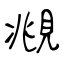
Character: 覜